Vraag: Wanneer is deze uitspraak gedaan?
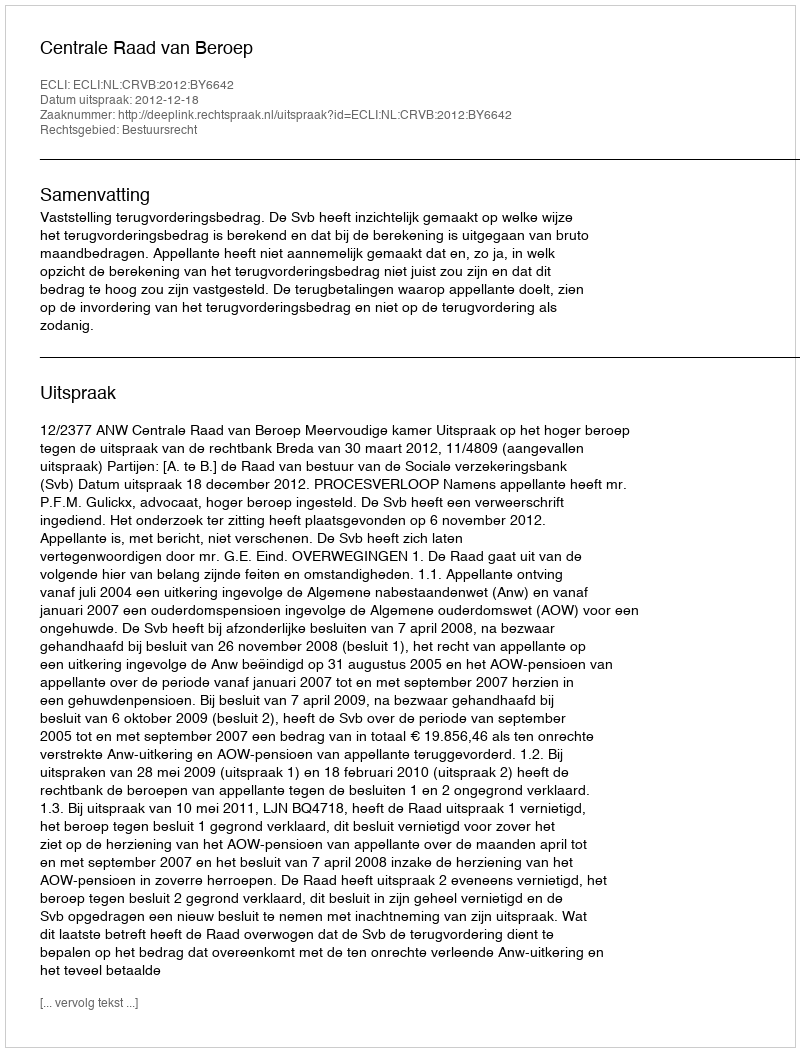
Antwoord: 2012-12-18